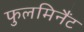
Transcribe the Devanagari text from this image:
फुलमिनैंट